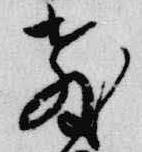
教